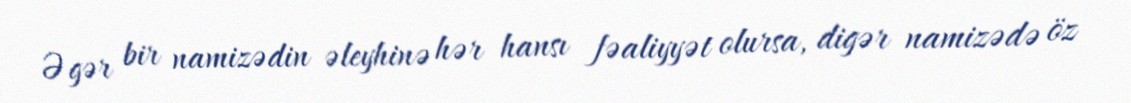
Əgər bir namizədin əleyhinə hər hansı fəaliyyət olursa, digər namizədə öz